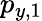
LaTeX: p_{y,1}